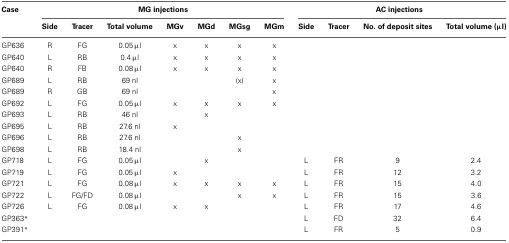
<table><thead><tr><td><b>Case</b></td><td colspan="7"><b>MG injections</b></td><td colspan="4"><b>AC injections</b></td></tr><tr><td></td><td><b>Side</b></td><td><b>Tracer</b></td><td><b>Total volume</b></td><td><b>MGv</b></td><td><b>MGd</b></td><td><b>MGsg</b></td><td><b>MGm</b></td><td><b>Side</b></td><td><b>Tracer</b></td><td><b>No. of deposit sites</b></td><td><b>Total volume (μl)</b></td></tr></thead><tbody><tr><td>GP636</td><td>R</td><td>FG</td><td>0.05 μl</td><td>x</td><td>x</td><td>x</td><td>x</td><td></td><td></td><td></td><td></td></tr><tr><td>GP640</td><td>L</td><td>RB</td><td>0.4 μl</td><td>x</td><td>x</td><td>x</td><td>x</td><td></td><td></td><td></td><td></td></tr><tr><td>GP640</td><td>R</td><td>FB</td><td>0.08 μl</td><td>x</td><td>x</td><td>x</td><td>x</td><td></td><td></td><td></td><td></td></tr><tr><td>GP689</td><td>L</td><td>RB</td><td>69 nl</td><td></td><td></td><td>(x)</td><td>x</td><td></td><td></td><td></td><td></td></tr><tr><td>GP689</td><td>R</td><td>GB</td><td>69 nl</td><td></td><td></td><td></td><td>x</td><td></td><td></td><td></td><td></td></tr><tr><td>GP692</td><td>L</td><td>FG</td><td>0.05 μl</td><td>x</td><td>x</td><td>x</td><td>x</td><td></td><td></td><td></td><td></td></tr><tr><td>GP693</td><td>L</td><td>RB</td><td>46 nl</td><td></td><td>x</td><td></td><td></td><td></td><td></td><td></td><td></td></tr><tr><td>GP695</td><td>L</td><td>RB</td><td>27.6 nl</td><td>x</td><td></td><td></td><td></td><td></td><td></td><td></td><td></td></tr><tr><td>GP696</td><td>L</td><td>RB</td><td>27.6 nl</td><td></td><td></td><td>x</td><td></td><td></td><td></td><td></td><td></td></tr><tr><td>GP698</td><td>L</td><td>RB</td><td>18.4 nl</td><td></td><td></td><td>x</td><td></td><td></td><td></td><td></td><td></td></tr><tr><td>GP718</td><td>L</td><td>FG</td><td>0.05 μl</td><td></td><td>x</td><td></td><td></td><td>L</td><td>FR</td><td>9</td><td>2.4</td></tr><tr><td>GP719</td><td>L</td><td>FG</td><td>0.05 μl</td><td>x</td><td></td><td></td><td></td><td>L</td><td>FR</td><td>12</td><td>3.2</td></tr><tr><td>GP721</td><td>L</td><td>FG</td><td>0.08 μl</td><td>x</td><td>x</td><td>x</td><td>x</td><td>L</td><td>FR</td><td>15</td><td>4.0</td></tr><tr><td>GP722</td><td>L</td><td>FG/FD</td><td>0.08 μl</td><td></td><td></td><td>x</td><td>x</td><td>L</td><td>FR</td><td>15</td><td>3.6</td></tr><tr><td>GP726</td><td>L</td><td>FG</td><td>0.08 μl</td><td>x</td><td>x</td><td></td><td></td><td>L</td><td>FR</td><td>17</td><td>4.6</td></tr><tr><td>GP363<sup>*</sup></td><td></td><td></td><td></td><td></td><td></td><td></td><td></td><td>L</td><td>FD</td><td>32</td><td>6.4</td></tr><tr><td>GP391<sup>*</sup></td><td></td><td></td><td></td><td></td><td></td><td></td><td></td><td>L</td><td>FR</td><td>5</td><td>0.9</td></tr></tbody></table>